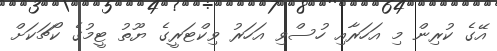
އޭގެ ކުރިން މި އަހަރާއި ހުސްވި އަހަރު ވިކްޓަރީގެ ޔޫތު ޓީމުގެ ކޯޗަކަށް